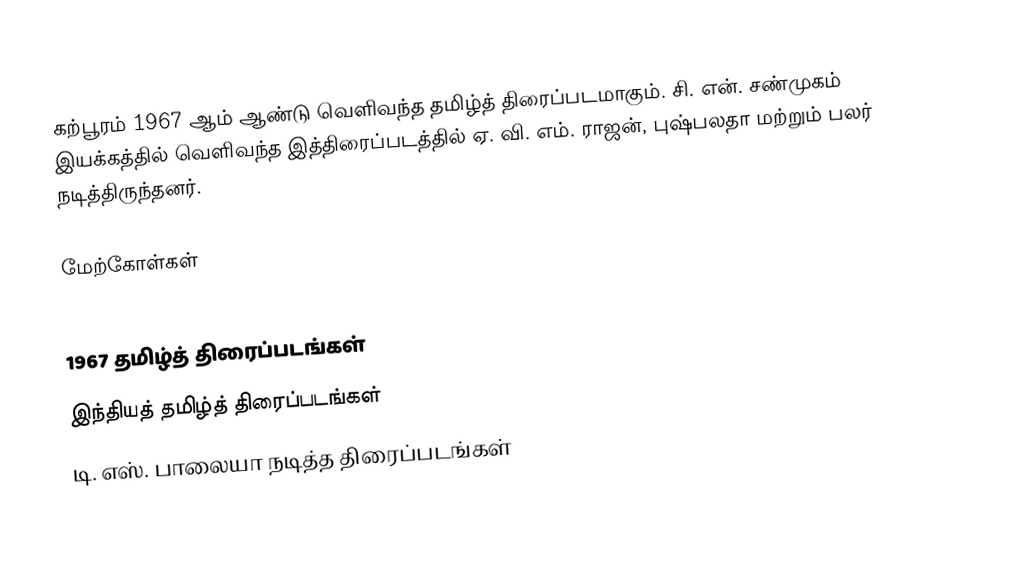
கற்பூரம் 1967 ஆம் ஆண்டு வெளிவந்த தமிழ்த் திரைப்படமாகும். சி. என். சண்முகம் இயக்கத்தில் வெளிவந்த இத்திரைப்படத்தில் ஏ. வி. எம். ராஜன், புஷ்பலதா மற்றும் பலர் நடித்திருந்தனர்.

மேற்கோள்கள்

1967 தமிழ்த் திரைப்படங்கள்
இந்தியத் தமிழ்த் திரைப்படங்கள்
டி. எஸ். பாலையா நடித்த திரைப்படங்கள்